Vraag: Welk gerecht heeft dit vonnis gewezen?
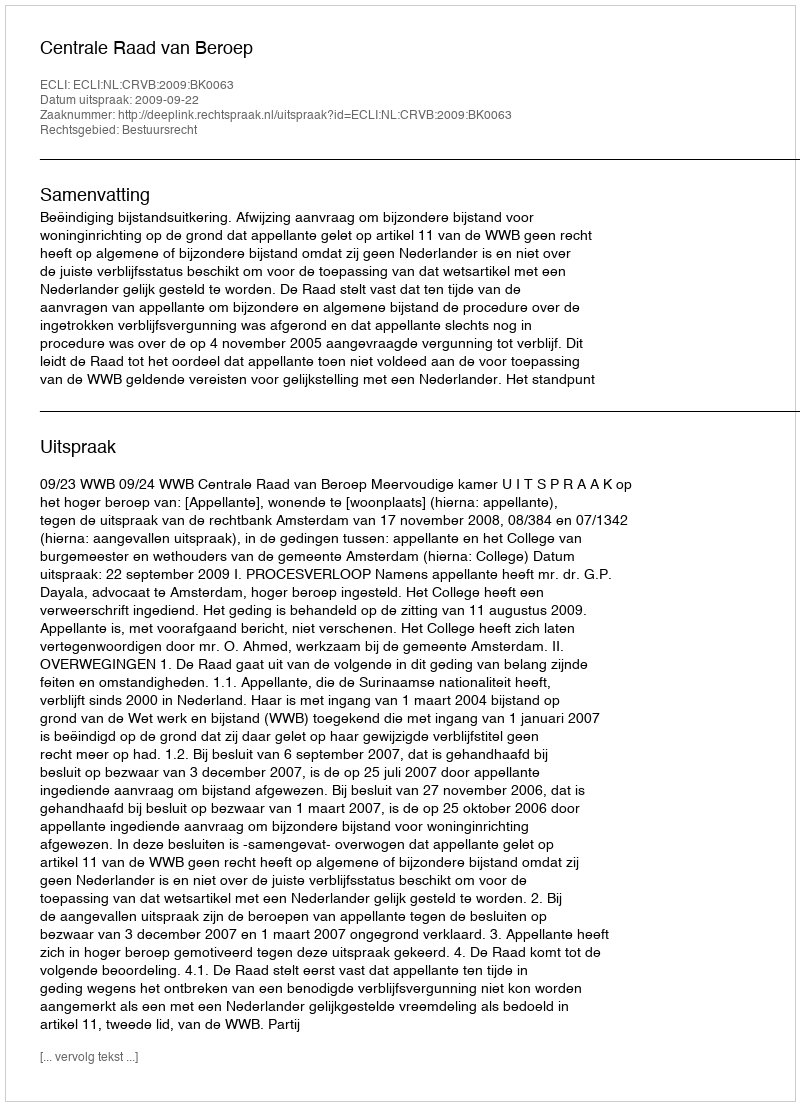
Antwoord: Centrale Raad van Beroep